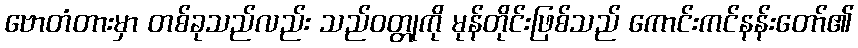
ဗောတံတားမှာ တစ်ခုသည်လည်း သည်ဝတ္တုကို မုန်တိုင်းဖြစ်သည် ကောင်းကင်နန်းတော်၏